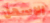
الاسهل